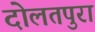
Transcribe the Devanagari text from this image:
दोलतपुरा